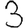
Digit: 3